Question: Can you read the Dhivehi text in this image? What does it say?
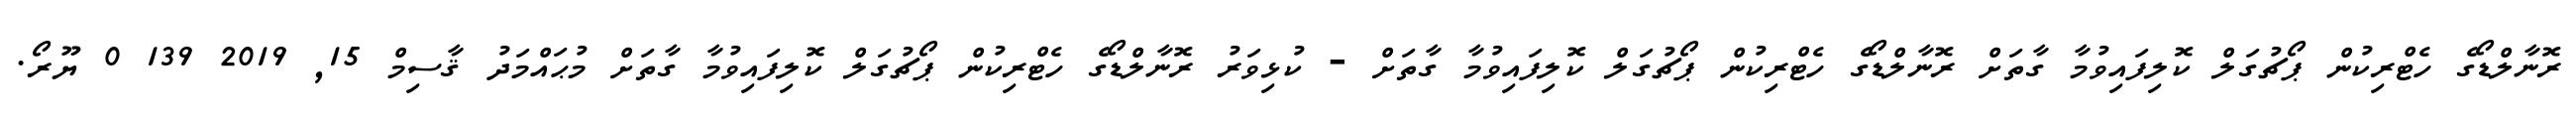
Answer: ރޮނާލްޑޯގެ ހެޓްރިކުން ޕޯޗުގަލް ކޮލިފައިވުމާ ގާތަށް ރޮނާލްޑޯގެ ހެޓްރިކުން ޕޯޗުގަލް ކޮލިފައިވުމާ ގާތަށް - ކުޅިވަރު ރޮނާލްޑޯގެ ހެޓްރިކުން ޕޯޗުގަލް ކޮލިފައިވުމާ ގާތަށް މުޙައްމަދު ޤާސިމް 15, 2019 139 0 ޔޫރޯ.